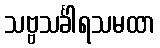
သဗ္ဗသင်္ခါရသမထာ